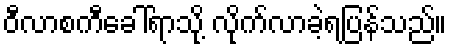
ဝီလာစကီခေါ်ရာသို့ လိုက်လာခဲ့ရပြန်သည်။